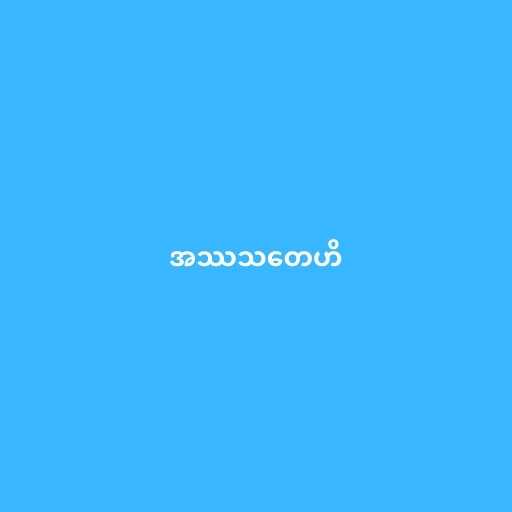
အဿသတေဟိ